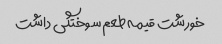
خورشت قیمه طعم سوختگی داشت